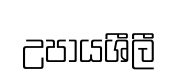
උපායශීලී